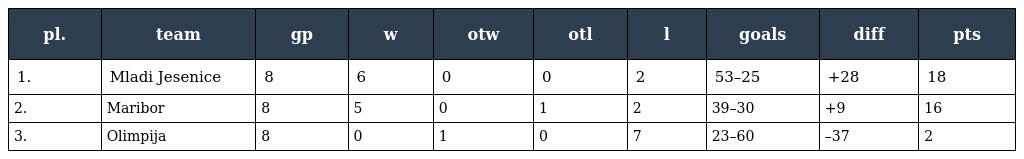
| pl. | team | gp | w | otw | otl | l | goals | diff | pts |
 | --- | --- | --- | --- | --- | --- | --- | --- | --- | --- |
 | 1. | Mladi Jesenice | 8 | 6 | 0 | 0 | 2 | 53–25 | +28 | 18 |
 | 2. | Maribor | 8 | 5 | 0 | 1 | 2 | 39–30 | +9 | 16 |
 | 3. | Olimpija | 8 | 0 | 1 | 0 | 7 | 23–60 | –37 | 2 |